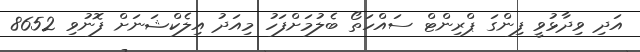
އަދި ވިދާޅުވީ ފިންގަ ޕްރިންޓް ސައްހަތޯ ބެލުމަށްފަހު މިއަދު އިލެކްޝަނަށް ފޮނުވި 8652